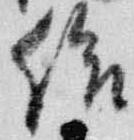
給